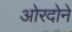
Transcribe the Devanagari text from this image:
ओरदोने